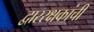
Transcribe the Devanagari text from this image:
द्वाररक्षकांची